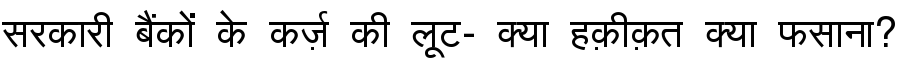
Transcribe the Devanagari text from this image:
सरकारी बैंकों के कर्ज़ की लूट- क्या हक़ीक़त क्या फसाना?